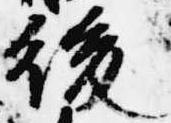
後